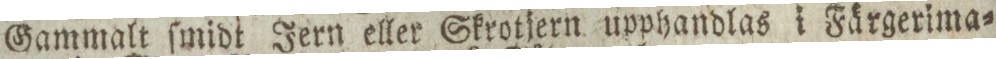
Gammalt ſmidt Jern eller Skrotjern upphandlas i Färgerima=